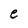
Character: e